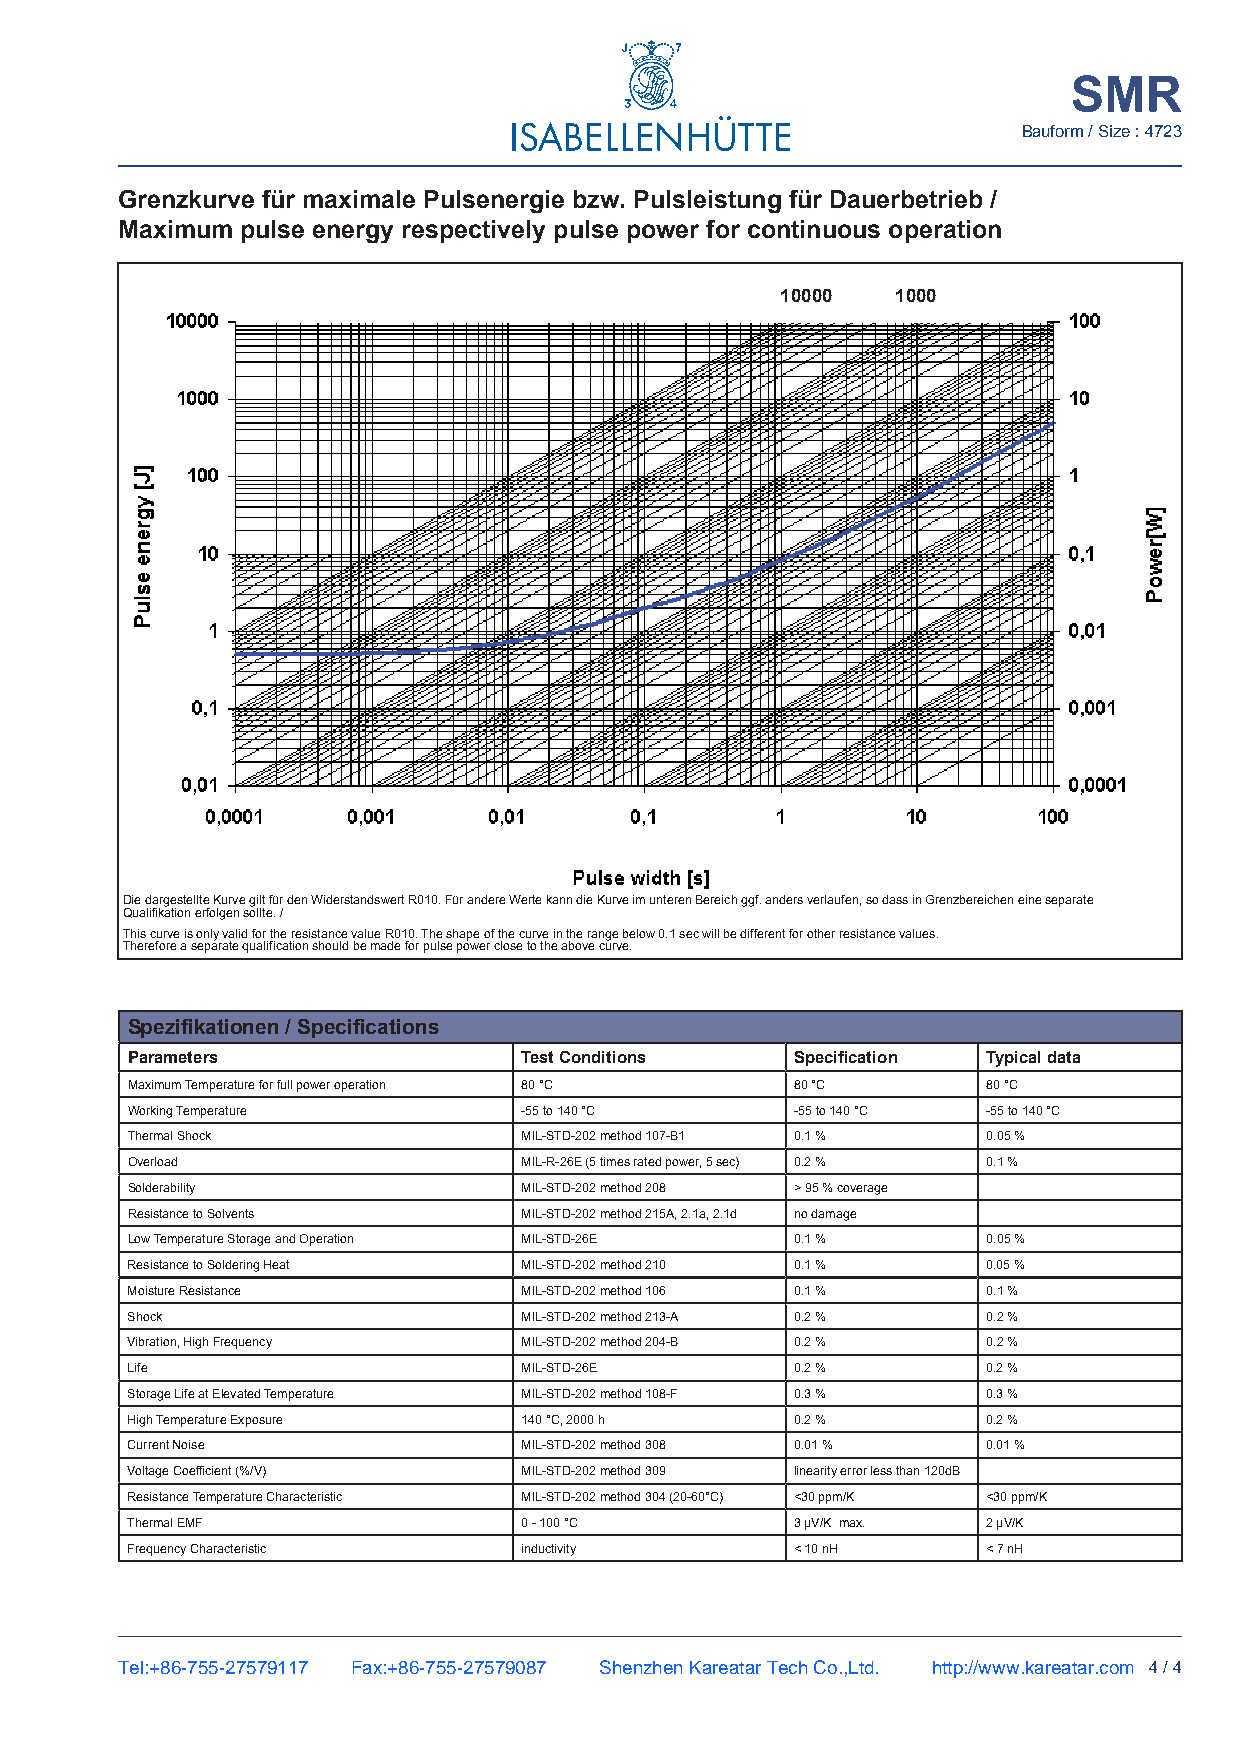
SMR
 Bauform / Size : 4723
 Grenzkurve für maximale Pulsenergie bzw. Pulsleistung für Dauerbetrieb /
 Maximum pulse energy respectively pulse power for continuous operation
 10000  1000
 Die dargestellte Kurve gilt für den Widerstandswert R010. für andere Werte kann die Kurve im unteren Bereich ggf. anders verlaufen, so dass in Grenzbereichen eine separate
 Qualifikation erfolgen sollte. /
 This curve is only valid for the resistance value R010. The shape of the curve in the range below 0.1 sec will be different for other resistance values.
 Therefore a separate qualification should be made for pulse power close to the above curve.
 Spezifikationen / Specifications
 Parameters                test conditions    Specification typical data
 Maximum Temperature for full power operation 80 °C 80 °C 80 °C
 Working Temperature       -55 to 140 °C      -55 to 140 °C -55 to 140 °C
 Thermal Shock             MIL-STD-202 method 107-B1 0.1 % 0.05 %
 Overload                  MIL-R-26e (5 times rated power, 5 sec) 0.2 % 0.1 %
 Solderability             MIL-STD-202 method 208 > 95 % coverage
 Resistance to Solvents    MIL-STD-202 method 215A, 2.1a, 2.1d no damage
 Low Temperature Storage and Operation MIL-STD-26e 0.1 %  0.05 %
 Resistance to Soldering Heat MIL-STD-202 method 210 0.1 % 0.05 %
 Moisture Resistance       MIL-STD-202 method 106 0.1 %   0.1 %
 Shock                     MIL-STD-202 method 213-A 0.2 % 0.2 %
 Vibration, High frequency MIL-STD-202 method 204-B 0.2 % 0.2 %
 Life                      MIL-STD-26e        0.2 %       0.2 %
 Storage Life at elevated Temperature MIL-STD-202 method 108-f 0.3 % 0.3 %
 High Temperature exposure 140 °C, 2000 h     0.2 %       0.2 %
 Current Noise             MIL-STD-202 method 308 0.01 %  0.01 %
 Voltage Coefficient (%/V) MIL-STD-202 method 309 linearity error less than 120dB
 Resistance Temperature Characteristic MIL-STD-202 method 304 (20-60°C) <30 ppm/K <30 ppm/K
 Thermal eMf               0 - 100 °C         3 µV/K max. 2 µV/K
 frequency Characteristic  inductivity        < 10 nH     < 7 nH
 Tel:+86-755-27579117 Fax:+86-755-27579087 Shenzhen Kareatar Tech Co.,Ltd. http://www.kareatar.com 4 / 4